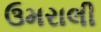
ઉમરાલી